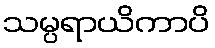
သမ္ပရာယိကာပိ